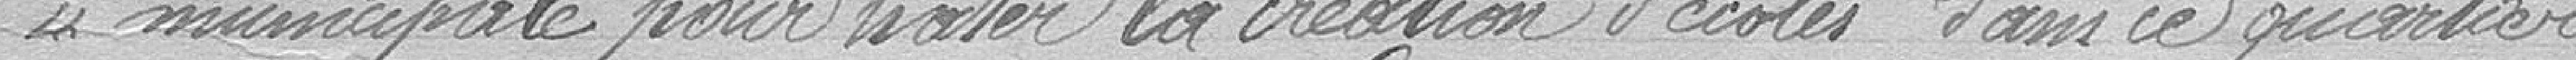
"municipale pour hâter la création d'écoles dans ce quartier